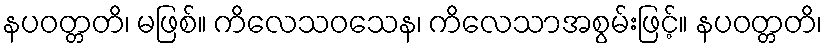
နပဝတ္တတိ၊ မဖြစ်။ ကိလေသဝသေန၊ ကိလေသာအစွမ်းဖြင့်။ နပဝတ္တတိ၊